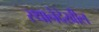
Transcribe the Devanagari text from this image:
स्थानेदेखील